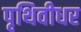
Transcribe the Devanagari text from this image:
पृथिवीधर